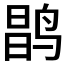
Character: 𲍽